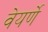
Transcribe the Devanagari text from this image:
वेयर्णे